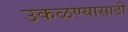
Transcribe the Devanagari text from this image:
उकळण्यासाठी